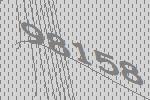
98158